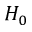
H _ { 0 }